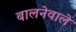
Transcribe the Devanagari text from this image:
बालनेवाले